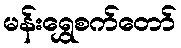
မန်းရွှေစက်တော်